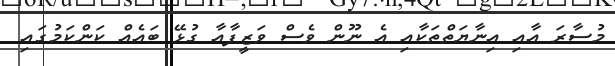
މުސާރަ އާއި އިނާޔަތްތަކާއި އެ ނޫން ވެސް ވަޒީފާއާ ގުޅޭ ބައެއް ކަންކަމުގައި